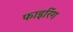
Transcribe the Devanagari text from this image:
फाइरिंग